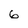
Character: 6